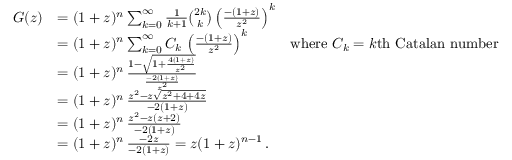
{ \begin{array} { r l r } { G ( z ) } & { = ( 1 + z ) ^ { n } \sum _ { k = 0 } ^ { \infty } { \frac { 1 } { k + 1 } } { \binom { 2 k } { k } } \left( { \frac { - ( 1 + z ) } { z ^ { 2 } } } \right) ^ { k } } \\ & { = ( 1 + z ) ^ { n } \sum _ { k = 0 } ^ { \infty } C _ { k } \, \left( { \frac { - ( 1 + z ) } { z ^ { 2 } } } \right) ^ { k } } & { { \mathrm { w h e r e ~ } } C _ { k } = k { \mathrm { t h ~ C a t a l a n ~ n u m b e r } } } \\ & { = ( 1 + z ) ^ { n } \, { \frac { 1 - { \sqrt { 1 + { \frac { 4 ( 1 + z ) } { z ^ { 2 } } } } } } { \frac { - 2 ( 1 + z ) } { z ^ { 2 } } } } } \\ & { = ( 1 + z ) ^ { n } \, { \frac { z ^ { 2 } - z { \sqrt { z ^ { 2 } + 4 + 4 z } } } { - 2 ( 1 + z ) } } } \\ & { = ( 1 + z ) ^ { n } \, { \frac { z ^ { 2 } - z ( z + 2 ) } { - 2 ( 1 + z ) } } } \\ & { = ( 1 + z ) ^ { n } \, { \frac { - 2 z } { - 2 ( 1 + z ) } } = z ( 1 + z ) ^ { n - 1 } \, . } \end{array} }